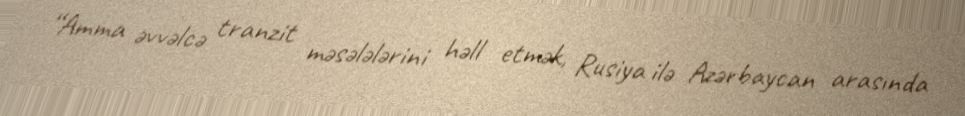
“Amma əvvəlcə tranzit məsələlərini həll etmək, Rusiya ilə Azərbaycan arasında